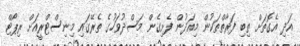
އަދި އެގޮތަށް ތިބި ފަރާތްތަކުން މިއަދުން ފެށިގެން މަސްދުވަހުގެ ތެރޭގައި މިނިސްޓްރީއަށް ރިޕޯޓް